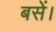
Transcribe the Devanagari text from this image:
बसें।